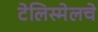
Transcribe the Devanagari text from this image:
टेलिस्मेलचे